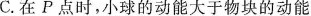
C.在P点时，小球的动能大于物块的动能